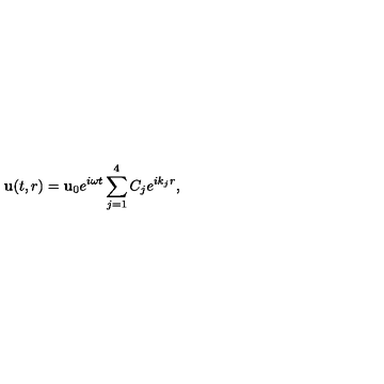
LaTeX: { \bf u } ( t , r ) = { \bf u } _ { 0 } e ^ { i \omega t } \sum _ { j = 1 } ^ { 4 } C _ { j } e ^ { i k _ { j } r } ,